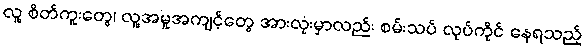
လူ့ စိတ်ကူးတွေ၊ လူ့အမူအကျင့်တွေ အားလုံးမှာလည်း စမ်းသပ် လုပ်ကိုင် နေရသည့်